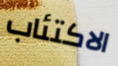
الاكتئاب